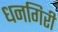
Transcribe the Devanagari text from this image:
धनगिरी